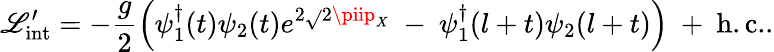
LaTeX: \mathscr{L}_{\mathrm{{int}}}^{\prime}=-{\frac{{g}}{{2}}}\Bigl(\psi_{1}^{\dagger}(t)\psi_{2}(t)e^{2\sqrt{}{{2}}\piip_{X}}\ -\ \psi_{1}^{\dagger}(l+t)\psi_{2}(l+t)\Bigr)\ +\ \mathrm{{h.c.}}.